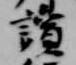
読